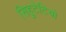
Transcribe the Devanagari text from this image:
सिहुटेटियो